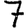
Digit: 7